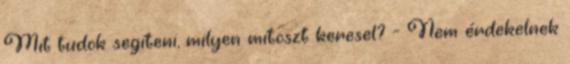
Mit tudok segíteni, milyen mítoszt keresel? - Nem érdekelnek